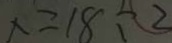
x = 1 8 \div 2